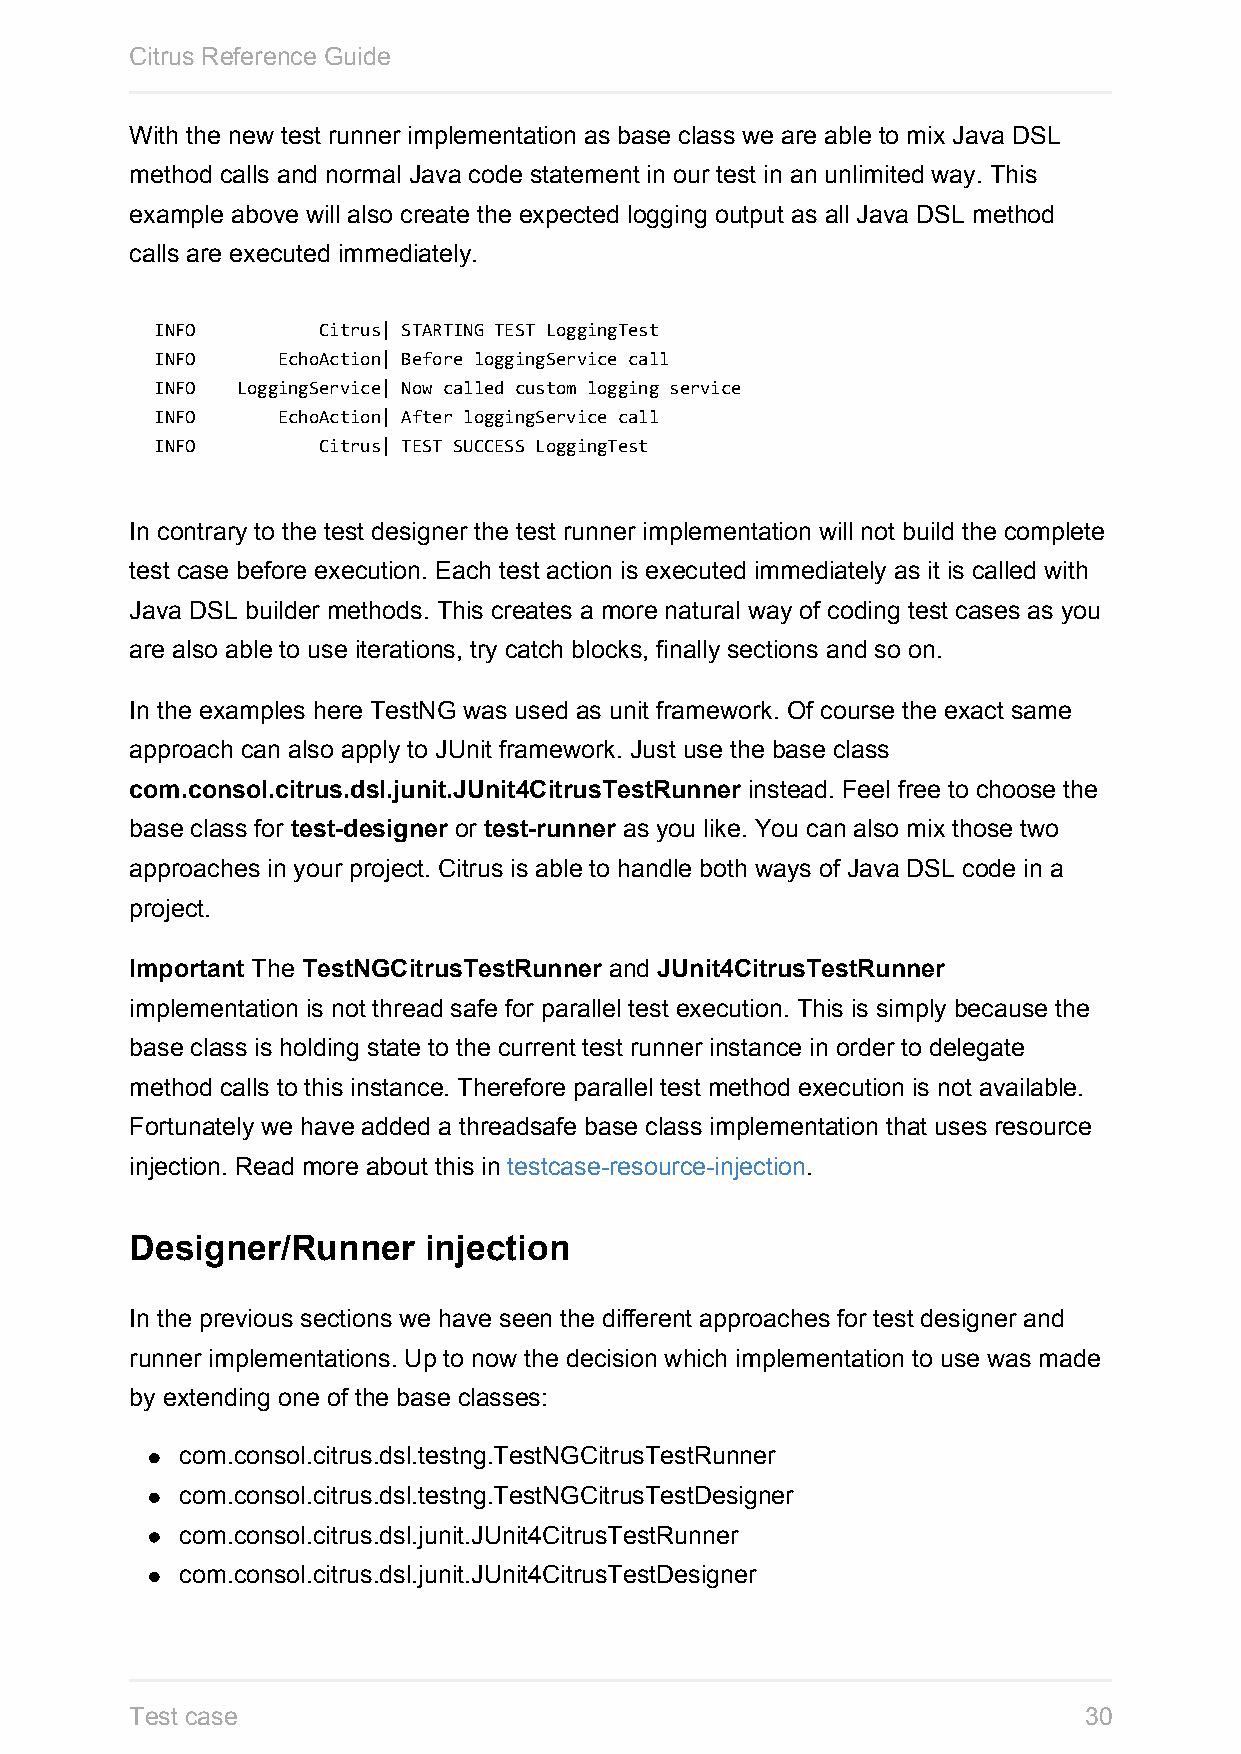
Citrus Reference Guide
 With the new test runner implementation as base class we are able to mix Java DSL
 method calls and normal Java code statement in our test in an unlimited way. This
 example above will also create the expected logging output as all Java DSL method
 calls are executed immediately.
 INFO       Citrus| STARTING TEST LoggingTest
 INFO    EchoAction| Before loggingService call
 INFO  LoggingService| Now called custom logging service
 INFO    EchoAction| After loggingService call
 INFO       Citrus| TEST SUCCESS LoggingTest
 In contrary to the test designer the test runner implementation will not build the complete
 test case before execution. Each test action is executed immediately as it is called with
 Java DSL builder methods. This creates a more natural way of coding test cases as you
 are also able to use iterations, try catch blocks, finally sections and so on.
 In the examples here TestNG was used as unit framework. Of course the exact same
 approach can also apply to JUnit framework. Just use the base class
 com.consol.citrus.dsl.junit.JUnit4CitrusTestRunner instead. Feel free to choose the
 base class for test-designer or test-runner as you like. You can also mix those two
 approaches in your project. Citrus is able to handle both ways of Java DSL code in a
 project.
 Important The TestNGCitrusTestRunner and JUnit4CitrusTestRunner
 implementation is not thread safe for parallel test execution. This is simply because the
 base class is holding state to the current test runner instance in order to delegate
 method calls to this instance. Therefore parallel test method execution is not available.
 Fortunately we have added a threadsafe base class implementation that uses resource
 injection. Read more about this in testcase-resource-injection.
 Designer/Runner    injection
 In the previous sections we have seen the different approaches for test designer and
 runner implementations. Up to now the decision which implementation to use was made
 by extending one of the base classes:
 com.consol.citrus.dsl.testng.TestNGCitrusTestRunner
 com.consol.citrus.dsl.testng.TestNGCitrusTestDesigner
 com.consol.citrus.dsl.junit.JUnit4CitrusTestRunner
 com.consol.citrus.dsl.junit.JUnit4CitrusTestDesigner
 Test case                                                      30